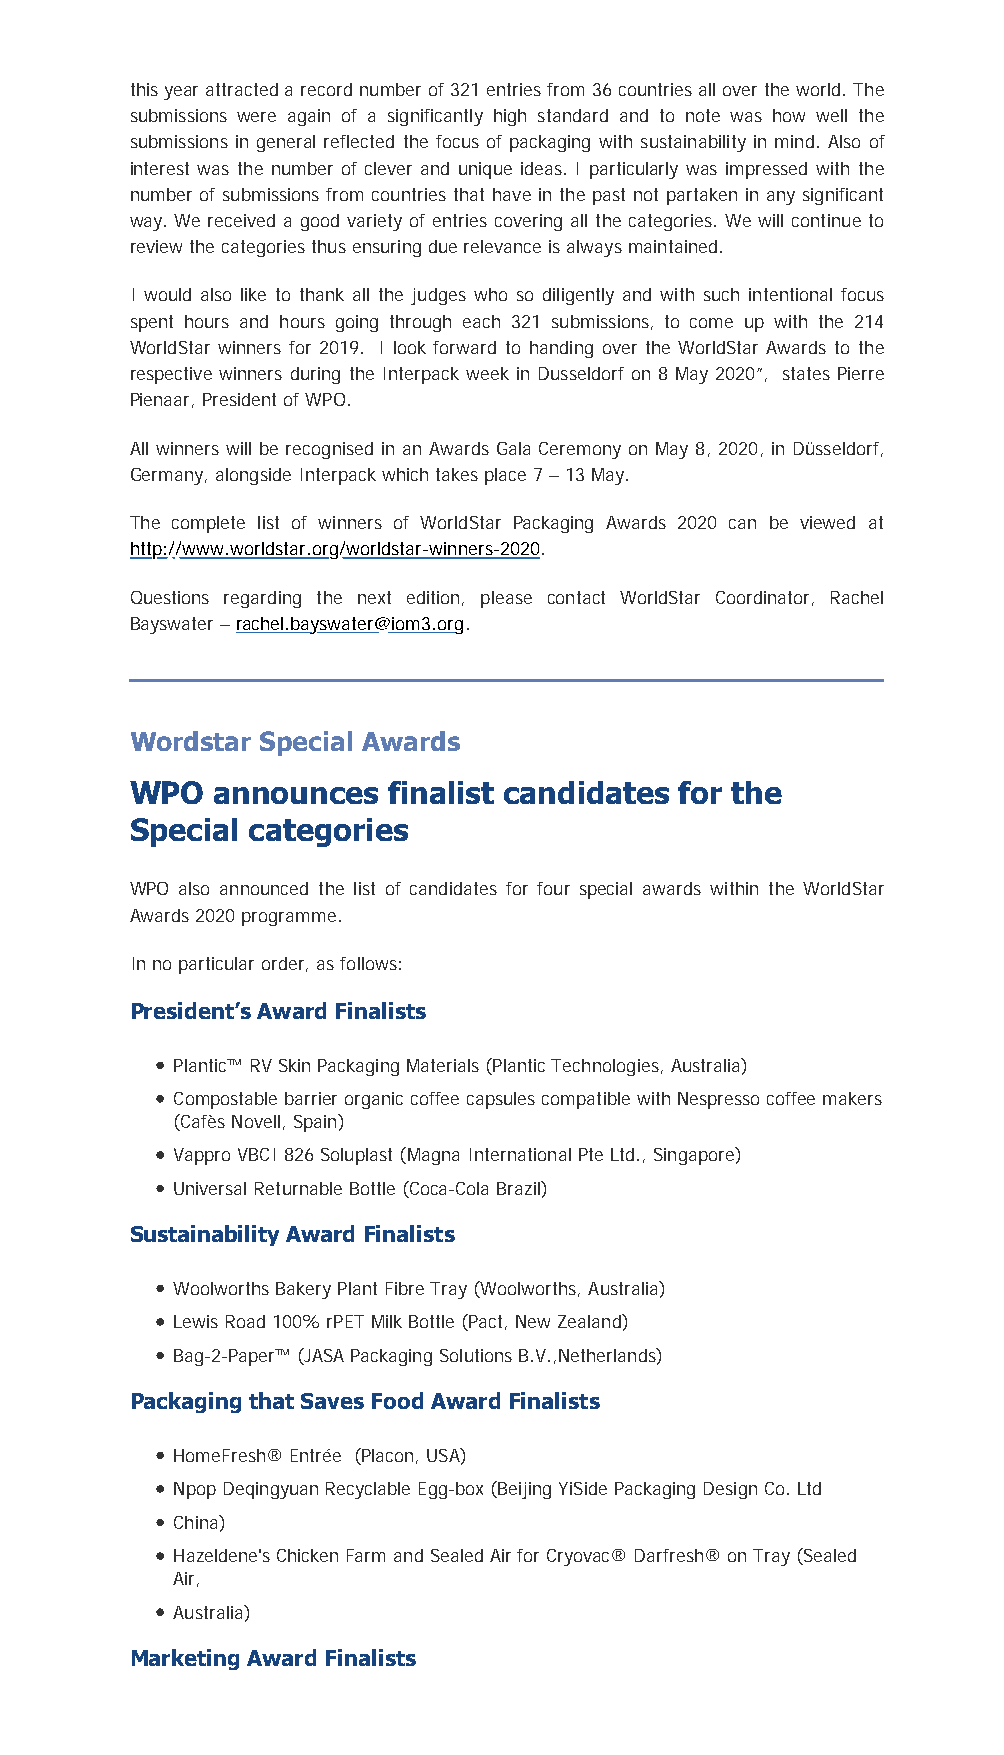
this year attracted a record number of 321 entries from 36 countries all over the world. The
 submissions were again of a significantly high standard and to note was how well the
 submissions in general reflected the focus of packaging with sustainability in mind. Also of
 interest was the number of clever and unique ideas. I particularly was impressed with the
 number of submissions from countries that have in the past not partaken in any significant
 way. We received a good variety of entries covering all the categories. We will continue to
 review the categories thus ensuring due relevance is always maintained.
 I would also like to thank all the judges who so diligently and with such intentional focus
 spent hours and hours going through each 321 submissions, to come up with the 214
 WorldStar winners for 2019. I look forward to handing over the WorldStar Awards to the
 respective winners during the Interpack week in Dusseldorf on 8 May 2020”, states Pierre
 Pienaar, President of WPO.
 All winners will be recognised in an Awards Gala Ceremony on May 8, 2020, in Düsseldorf,
 Germany, alongside Interpack which takes place 7 – 13 May.
 The complete list of winners of WorldStar Packaging Awards 2020 can be viewed at
 http://www.worldstar.org/worldstar-winners-2020.
 Questions regarding the next edition, please contact WorldStar Coordinator, Rachel
 Bayswater – rachel.bayswater@iom3.org.
 Wordstar Special Awards
 WPO   announces   finalist candidates for the
 Special categories
 WPO also announced the list of candidates for four special awards within the WorldStar
 Awards 2020 programme.
 In no particular order, as follows:
 President’s Award Finalists
 Plantic™ RV Skin Packaging Materials (Plantic Technologies, Australia)
 Compostable barrier organic coffee capsules compatible with Nespresso coffee makers
 (Cafès Novell, Spain)
 Vappro VBCI 826 Soluplast (Magna International Pte Ltd., Singapore)
 Universal Returnable Bottle (Coca-Cola Brazil)
 Sustainability Award Finalists
 Woolworths Bakery Plant Fibre Tray (Woolworths, Australia)
 Lewis Road 100% rPET Milk Bottle (Pact, New Zealand)
 Bag-2-Paper™ (JASA Packaging Solutions B.V.,Netherlands)
 Packaging that Saves Food Award Finalists
 HomeFresh® Entrée (Placon, USA)
 Npop Deqingyuan Recyclable Egg-box (Beijing YiSide Packaging Design Co. Ltd
 China)
 Hazeldene's Chicken Farm and Sealed Air for Cryovac® Darfresh® on Tray (Sealed
 Air,
 Australia)
 Marketing Award Finalists